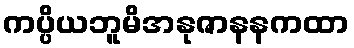
ကပ္ပိယဘူမိအနုဇာနနကထာ